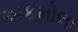
અકમોલા